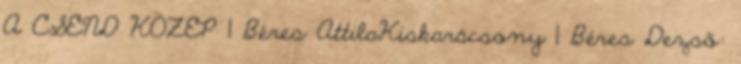
A CSEND KÖZEP 1 Béres AttilaKiskarácsony 1 Béres Dezső: